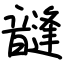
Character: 韼